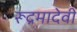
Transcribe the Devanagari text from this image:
रूद्रमादेवी